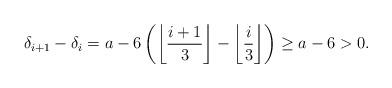
LaTeX: \begin{align*}\delta_{i+1} - \delta_i = a - 6 \left( \left\lfloor \frac{i+1}{3} \right\rfloor - \left\lfloor \frac{i}{3} \right\rfloor \right) \geq a - 6 > 0.\end{align*}